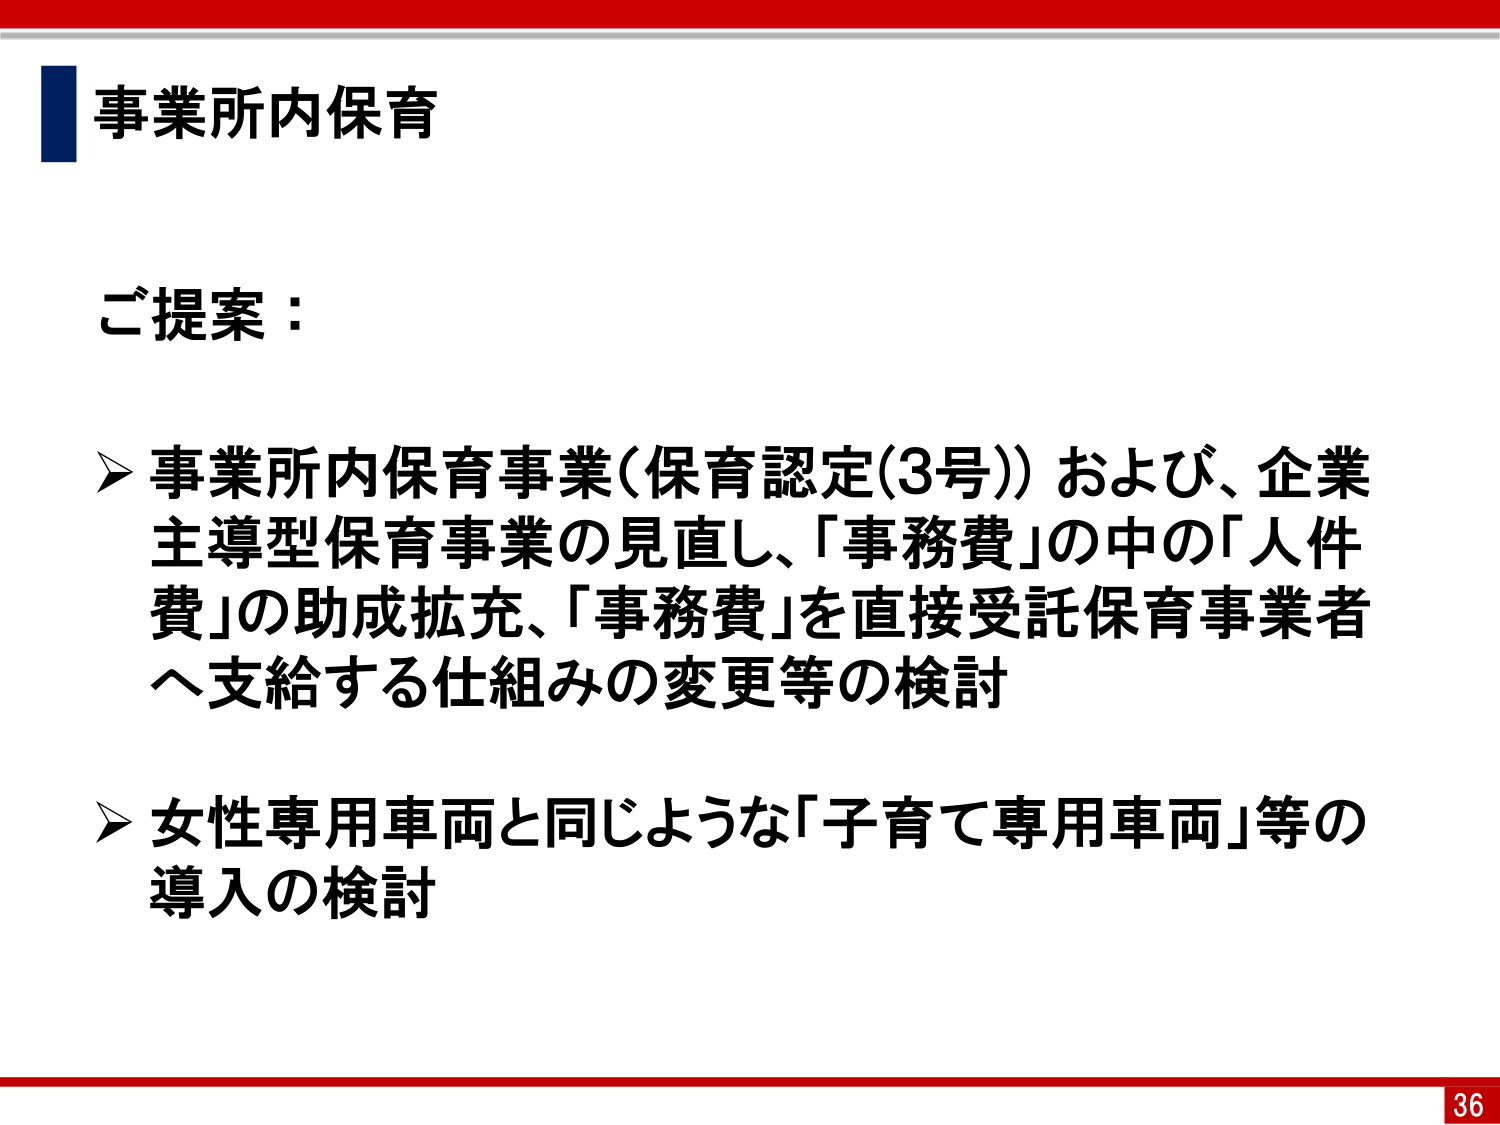
事業所内保育

ご提案：

➢ 事業所内保育事業（保育認定（3号））および、企業主導型保育事業の見直し、「事務費」の中の「人件費」の助成拡充、「事務費」を直接受託保育事業者へ支給する仕組みの変更等の検討

➢ 女性専用車両と同じような「子育て専用車両」等の導入の検討

36